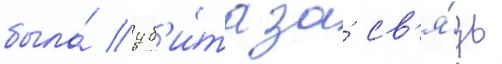
была́ уб'и́та за́ св'я́зь